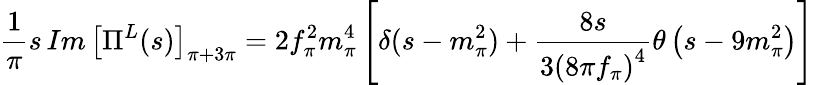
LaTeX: \frac{1}{\pi}s\, Im\, \left[\Pi^{L}(s)\right]_{\pi+3\pi}=2f_{\pi}^{2}m_{\pi}^{4}\left[\delta(s-m_{\pi}^{2})+\frac{8s}{3\left(8\pi f_{\pi}\right)^{4}}\theta\left(s-9m_{\pi}^{2}\right)\right]